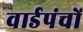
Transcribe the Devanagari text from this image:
वार्डपंचों